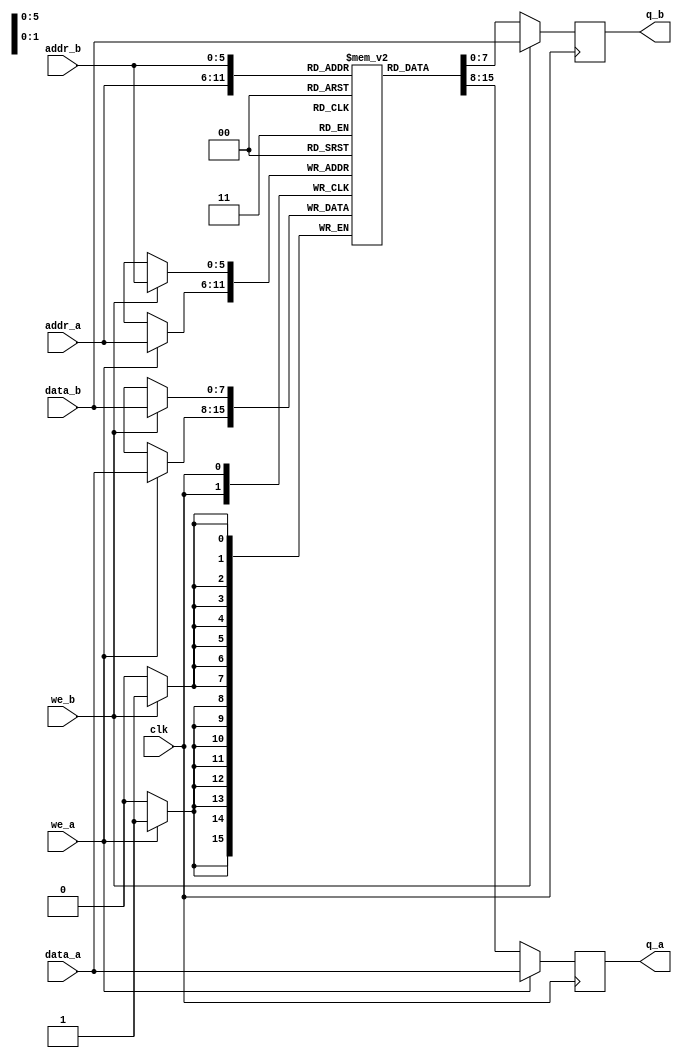
module RAM_DUAL_READ_DUAL_WRITE_PORT  # ( parameter DATA_WIDTH = 8, parameter ADDR_WIDTH = 6 )
(
input wire [(DATA_WIDTH-1):0] data_a, data_b,
input wire [(ADDR_WIDTH-1):0] addr_a, addr_b,
input wire we_a, we_b, clk,
output reg [(DATA_WIDTH-1):0] q_a, q_b
);


// Declare the RAM variable
reg [DATA_WIDTH-1:0] ram[2**ADDR_WIDTH-1:0];
	always @ (posedge clk)
	begin // Port A
		if (we_a) 
		begin
			ram[addr_a] <= data_a;
			q_a <= data_a;
		end
		else 
			q_a <= ram[addr_a];
	end
		
	always @ (posedge clk)
	begin // Port b
		if (we_b) 
		begin
			ram[addr_b] <= data_b;
			q_b <= data_b;
		end
		else 
			q_b <= ram[addr_b];
	end
endmodule